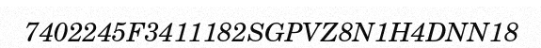
7402245F3411182SGPVZ8N1H4DNN18